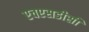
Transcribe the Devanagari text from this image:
एचएसडीसी